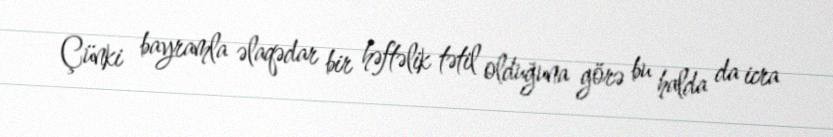
Çünki bayramla əlaqədar bir həftəlik tətil olduğuna görə bu halda da icra